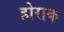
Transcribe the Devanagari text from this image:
होराक